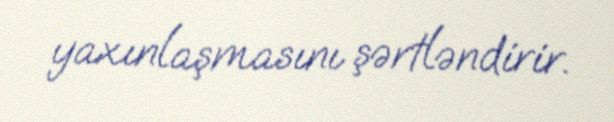
yaxınlaşmasını şərtləndirir.